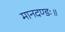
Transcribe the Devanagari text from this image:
मानदण्डः॥